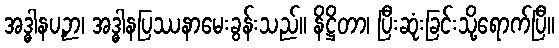
အဒ္ဓါနပဉှာ၊ အဒ္ဓါနပြဿနာမေးခွန်းသည်။ နိဋ္ဌိတာ၊ ပြီးဆုံးခြင်းသို့ရောက်ပြီ။